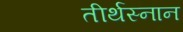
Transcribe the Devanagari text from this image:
तीर्थस्नान